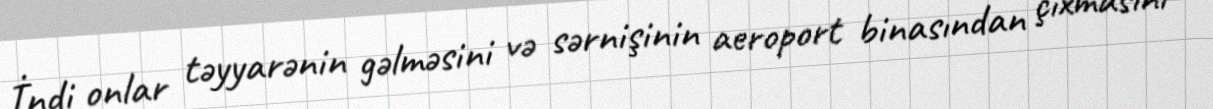
İndi onlar təyyarənin gəlməsini və sərnişinin aeroport binasından çıxmasını